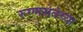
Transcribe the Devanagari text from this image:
रुग्णसेवेच्या